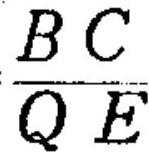
\frac{BC}{QE}